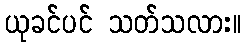
ယုခင်ပင် သတ်သလား။